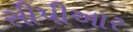
સીપીઆર